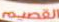
القصيم